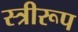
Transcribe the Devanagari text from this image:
स्त्रीरूप